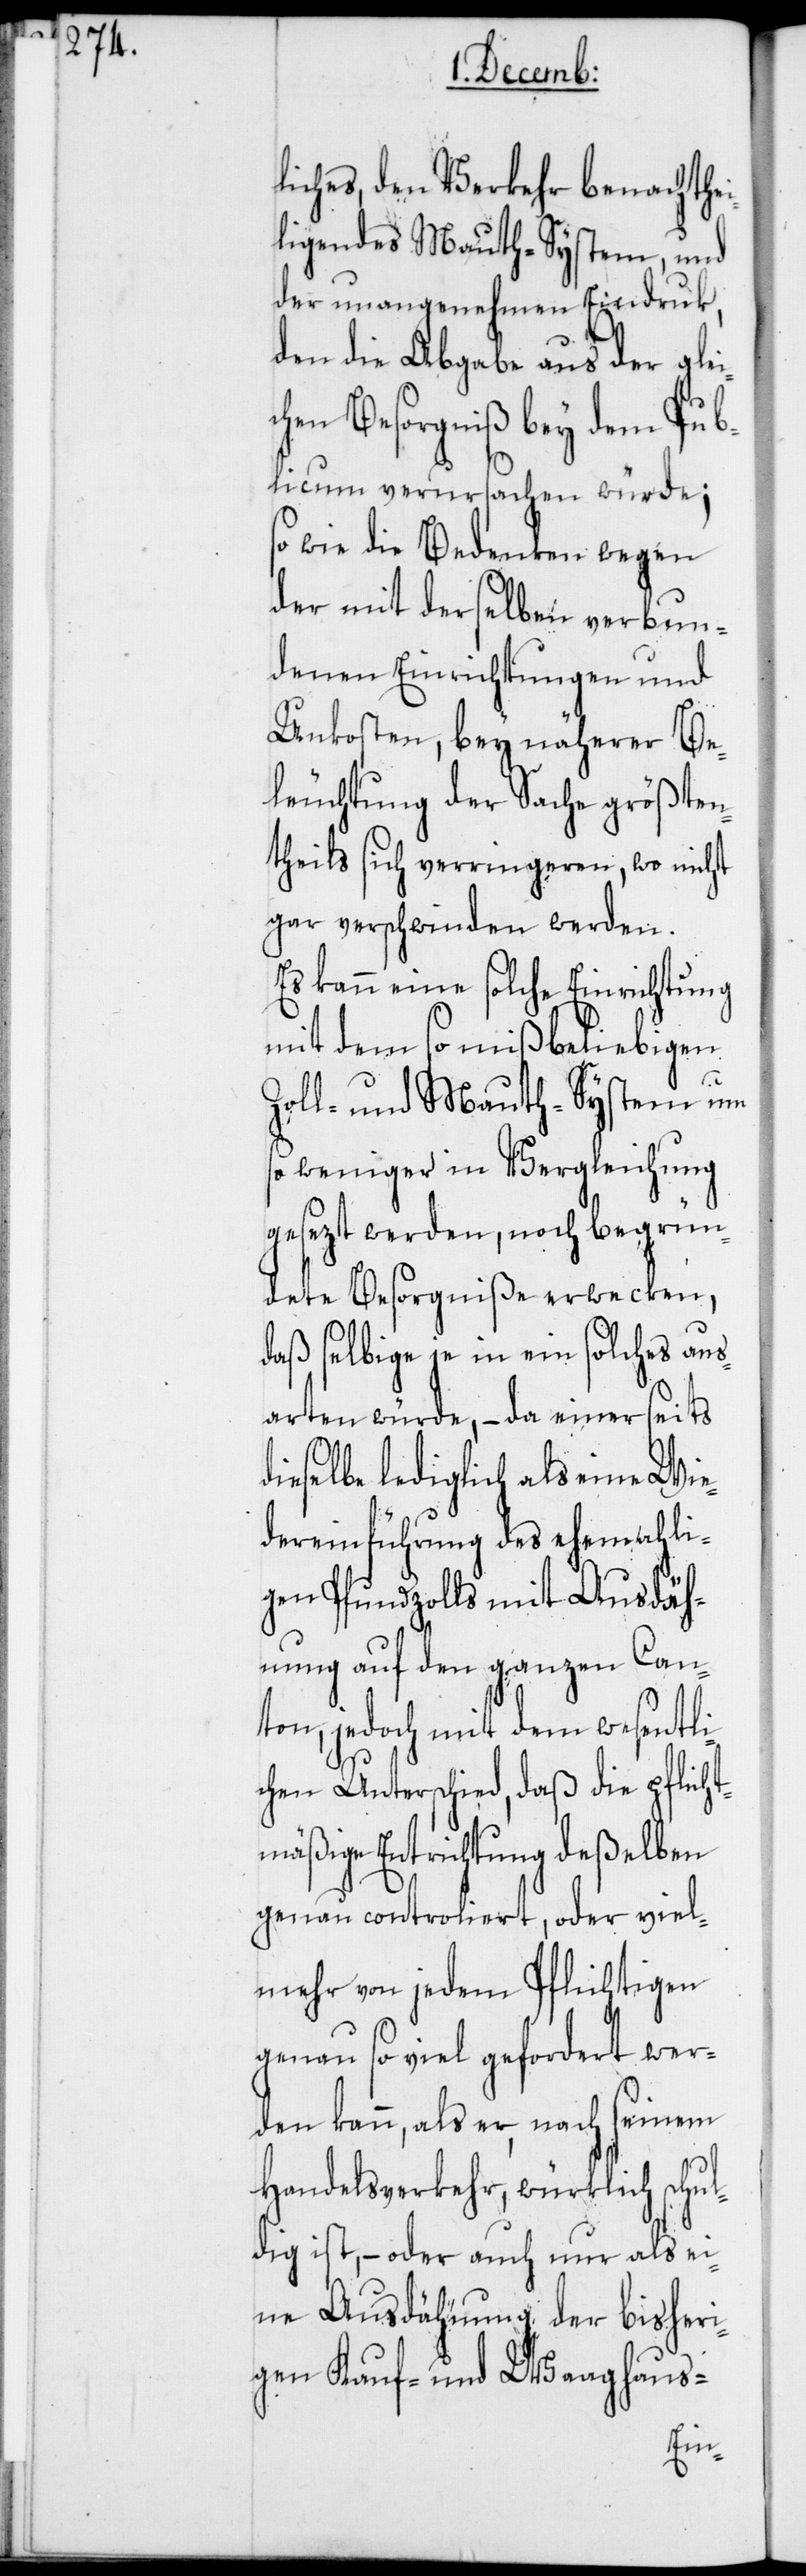
liches, den Verkehr benachthei¬
ligendes Mauth-System, und
der unangenehmen Eindruk,
den die Abgabe aus der glei¬
chen Besorgniß bey dem Pub¬
licum verursachen würde;
so wie die Bedenken wegen
der mit derselben verbun¬
denen Einrichtungen und
Unkosten, bey näherer Be¬
leuchtung der Sache größten¬
theils sich verringeren, wo nicht
gar verschwinden werden.
Es kann eine solche Einrichtung
mit dem so mißbeliebigen
Zoll- und Mauth-System um
so weniger in Vergleichung
gesezt werden, noch begrün¬
dete Besorgniße erwecken,
daß selbige je in ein solches aus¬
arten würde, – da einerseits
dieselbe lediglich als eine Wie¬
dereinführung des ehemahli¬
gen Pfundzolls mit Ausdäh¬
nung auf den ganzen Cant¬
on, jedoch mit dem wesentli¬
chen Unterschied, daß die pflicht¬
mäßige Entrichtung deßelben
genau controliert, oder viel¬
mehr von jedem Pflichtigen
genau so viel gefordert wer¬
den kann, als er, nach seinem
Handelsverkehr, würklich schul¬
dig ist, – oder auch nur als ei¬
ne Ausdähnung der bisheri¬
gen Kauf- und Waaghaus-